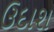
ઉદાશ